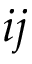
i j